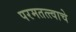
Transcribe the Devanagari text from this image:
परमतत्त्वाचे